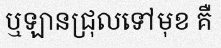
ឬឡានជ្រុលទៅមុខ គឺ